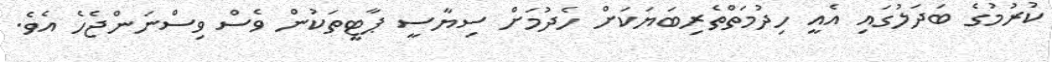
ކުރުމުގެ ބަދަލުގައި އެއީ ހިދުމަތްތެރިބަޔަކަށް ހެދުމަށް ސިޔާސީ ޕާޓީތަކުން ވެސް ވިސްނަންޖެހެ އެވެ.